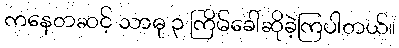
ကနေတဆင့် သာဓု ၃ ကြိမ်ခေါ်ဆိုခဲ့ကြပါတယ်။